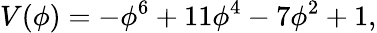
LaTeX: V(\phi)=-\phi^{6}+11\phi^{4}-7\phi^{2}+1,